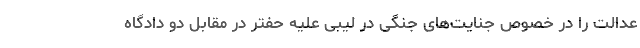
عدالت را در خصوص جنایت‌های جنگی در لیبی علیه حفتر در مقابل دو دادگاه